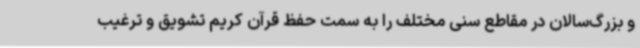
و بزرگ‌سالان در مقاطع سنی مختلف را به سمت حفظ قرآن کریم تشویق و ترغیب